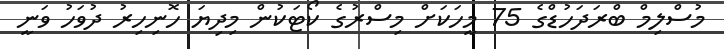
މުސްލިމް ބްރަދަހުޑްގެ 75 މީހަކަށް މިސްރުގެ ކޯޓަކުން މިދިޔަ ހޮނިހިރު ދުވަހު ވަނީ